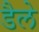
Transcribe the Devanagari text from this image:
डैले